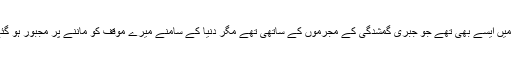
ان میں ایسے بھی تھے جو جبری گمشدگی کے مجرموں کے ساتھی تھے مگر دنیا کے سامنے میرے موقف کو ماننے پر مجبور ہو گئے۔